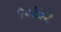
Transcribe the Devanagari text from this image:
१०२५२